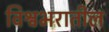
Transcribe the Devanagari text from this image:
विश्वभरातील